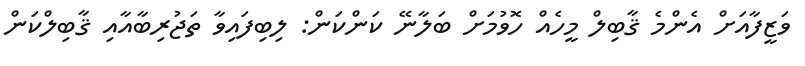
ވަޒީފާއަށް އެންމެ ޤާބިލް މީހެއް ހޮވުމަށް ބަލާނޭ ކަންކަން: ލިބިފައިވާ ތަޖުރިބާއާއި ޤާބިލްކަން